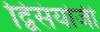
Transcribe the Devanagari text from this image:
द्विसंयोजी